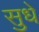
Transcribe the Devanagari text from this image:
सुधे